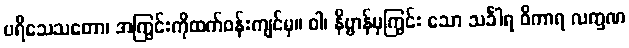
ပရိသေသတော၊ အကြွင်းကိုထက်ဝန်းကျင်မှ။ ဝါ၊ နိဗ္ဗာန်မှကြွင်း သော သင်္ခါရ ဝိကာရ လက္ခဏ